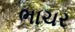
ભાચર